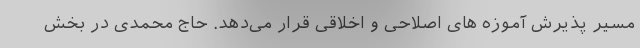
مسیر پذیرش آموزه های اصلاحی و اخلاقی قرار می‌دهد. حاج محمدی در بخش